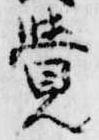
覚